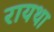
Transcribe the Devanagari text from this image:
रायथा